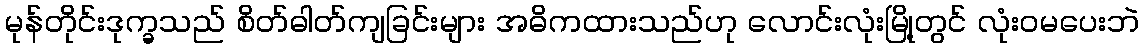
မုန်တိုင်းဒုက္ခသည် စိတ်ဓါတ်ကျခြင်းများ အဓိကထားသည်ဟု လောင်းလုံးမြို့တွင် လုံးဝမပေးဘဲ